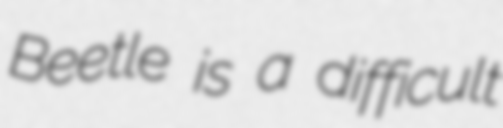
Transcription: Beetle is a difficult